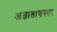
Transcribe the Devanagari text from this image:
अज्ञातावस्था